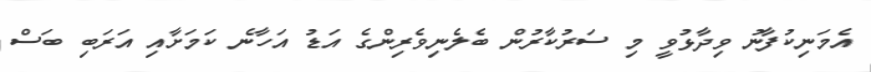
އެމަނިކުފާނު ވިދާޅުވީ މި ސަރުކާރުން ބެލެނިވެރިންގެ އަޑު އަހާނެ ކަމަށާއި އަރަބި ބަސް